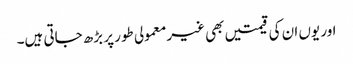
اور یوں ان کی قیمتیں بھی غیرمعمولی طور پر بڑھ جاتی ہیں۔